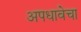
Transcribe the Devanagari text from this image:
अपधावेचा